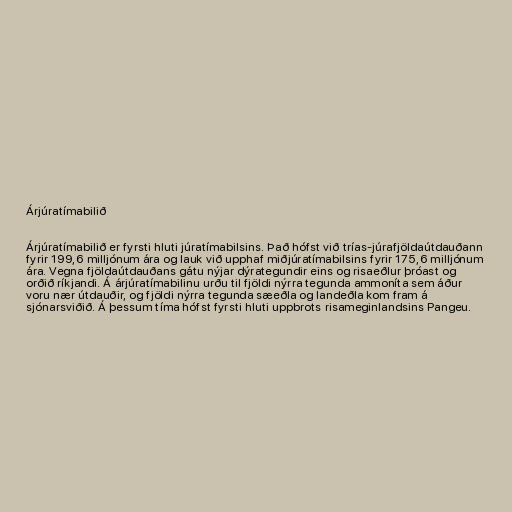
Árjúratímabilið

Árjúratímabilið er fyrsti hluti júratímabilsins. Það hófst við trías-júrafjöldaútdauðann
fyrir 199,6 milljónum ára og lauk við upphaf miðjúratímabilsins fyrir 175,6 milljónum
ára. Vegna fjöldaútdauðans gátu nýjar dýrategundir eins og risaeðlur þróast og
orðið ríkjandi. Á árjúratímabilinu urðu til fjöldi nýrra tegunda ammoníta sem áður
voru nær útdauðir, og fjöldi nýrra tegunda sæeðla og landeðla kom fram á
sjónarsviðið. Á þessum tíma hófst fyrsti hluti uppbrots risameginlandsins Pangeu.